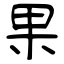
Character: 果